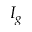
I _ { g }